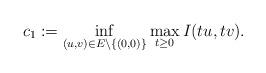
LaTeX: \begin{align*}c_{1}:=\mathop{\inf}\limits_{(u,v)\in E\setminus\{(0,0)\}}\mathop{\max}\limits_{t\geq0}I(tu,tv).\end{align*}